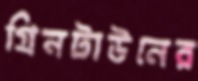
গ্রিনটাউনের